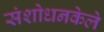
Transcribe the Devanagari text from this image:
संशोधनकेले